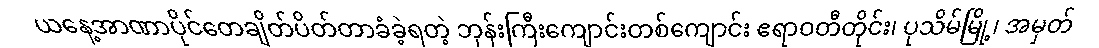
ယနေ့အာဏာပိုင်တေချိတ်ပိတ်တာခံခဲ့ရတဲ့ ဘုန်းကြီးကျောင်းတစ်ကျောင်း ဧရာဝတီတိုင်း၊ ပုသိမ်မြို့၊ အမှတ်